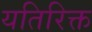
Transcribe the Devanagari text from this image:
यतिरिक्त